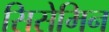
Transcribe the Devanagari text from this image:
सिसेमिन